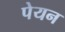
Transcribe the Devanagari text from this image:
पेयन